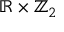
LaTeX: \mathbb { R } \times \mathbb { Z } _ { 2 }